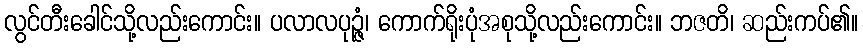
လွင်တီးခေါင်သို့လည်းကောင်း။ ပလာလပုဉ္ဇံ၊ ကောက်ရိုးပုံအစုသို့လည်းကောင်း။ ဘဇတိ၊ ဆည်းကပ်၏။